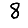
Digit: 8